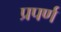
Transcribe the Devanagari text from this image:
प्रपर्ण